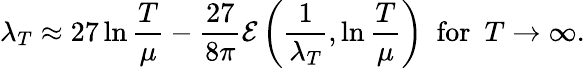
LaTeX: \lambda_{T}\approx 27\ln\frac{T}{\mu}-\frac{27}{8\pi}{\cal E}\left(\frac{1}{\lambda_{T}},\ln\frac{T}{\mu}\right)~~\mathrm{for}~~T\rightarrow\infty.